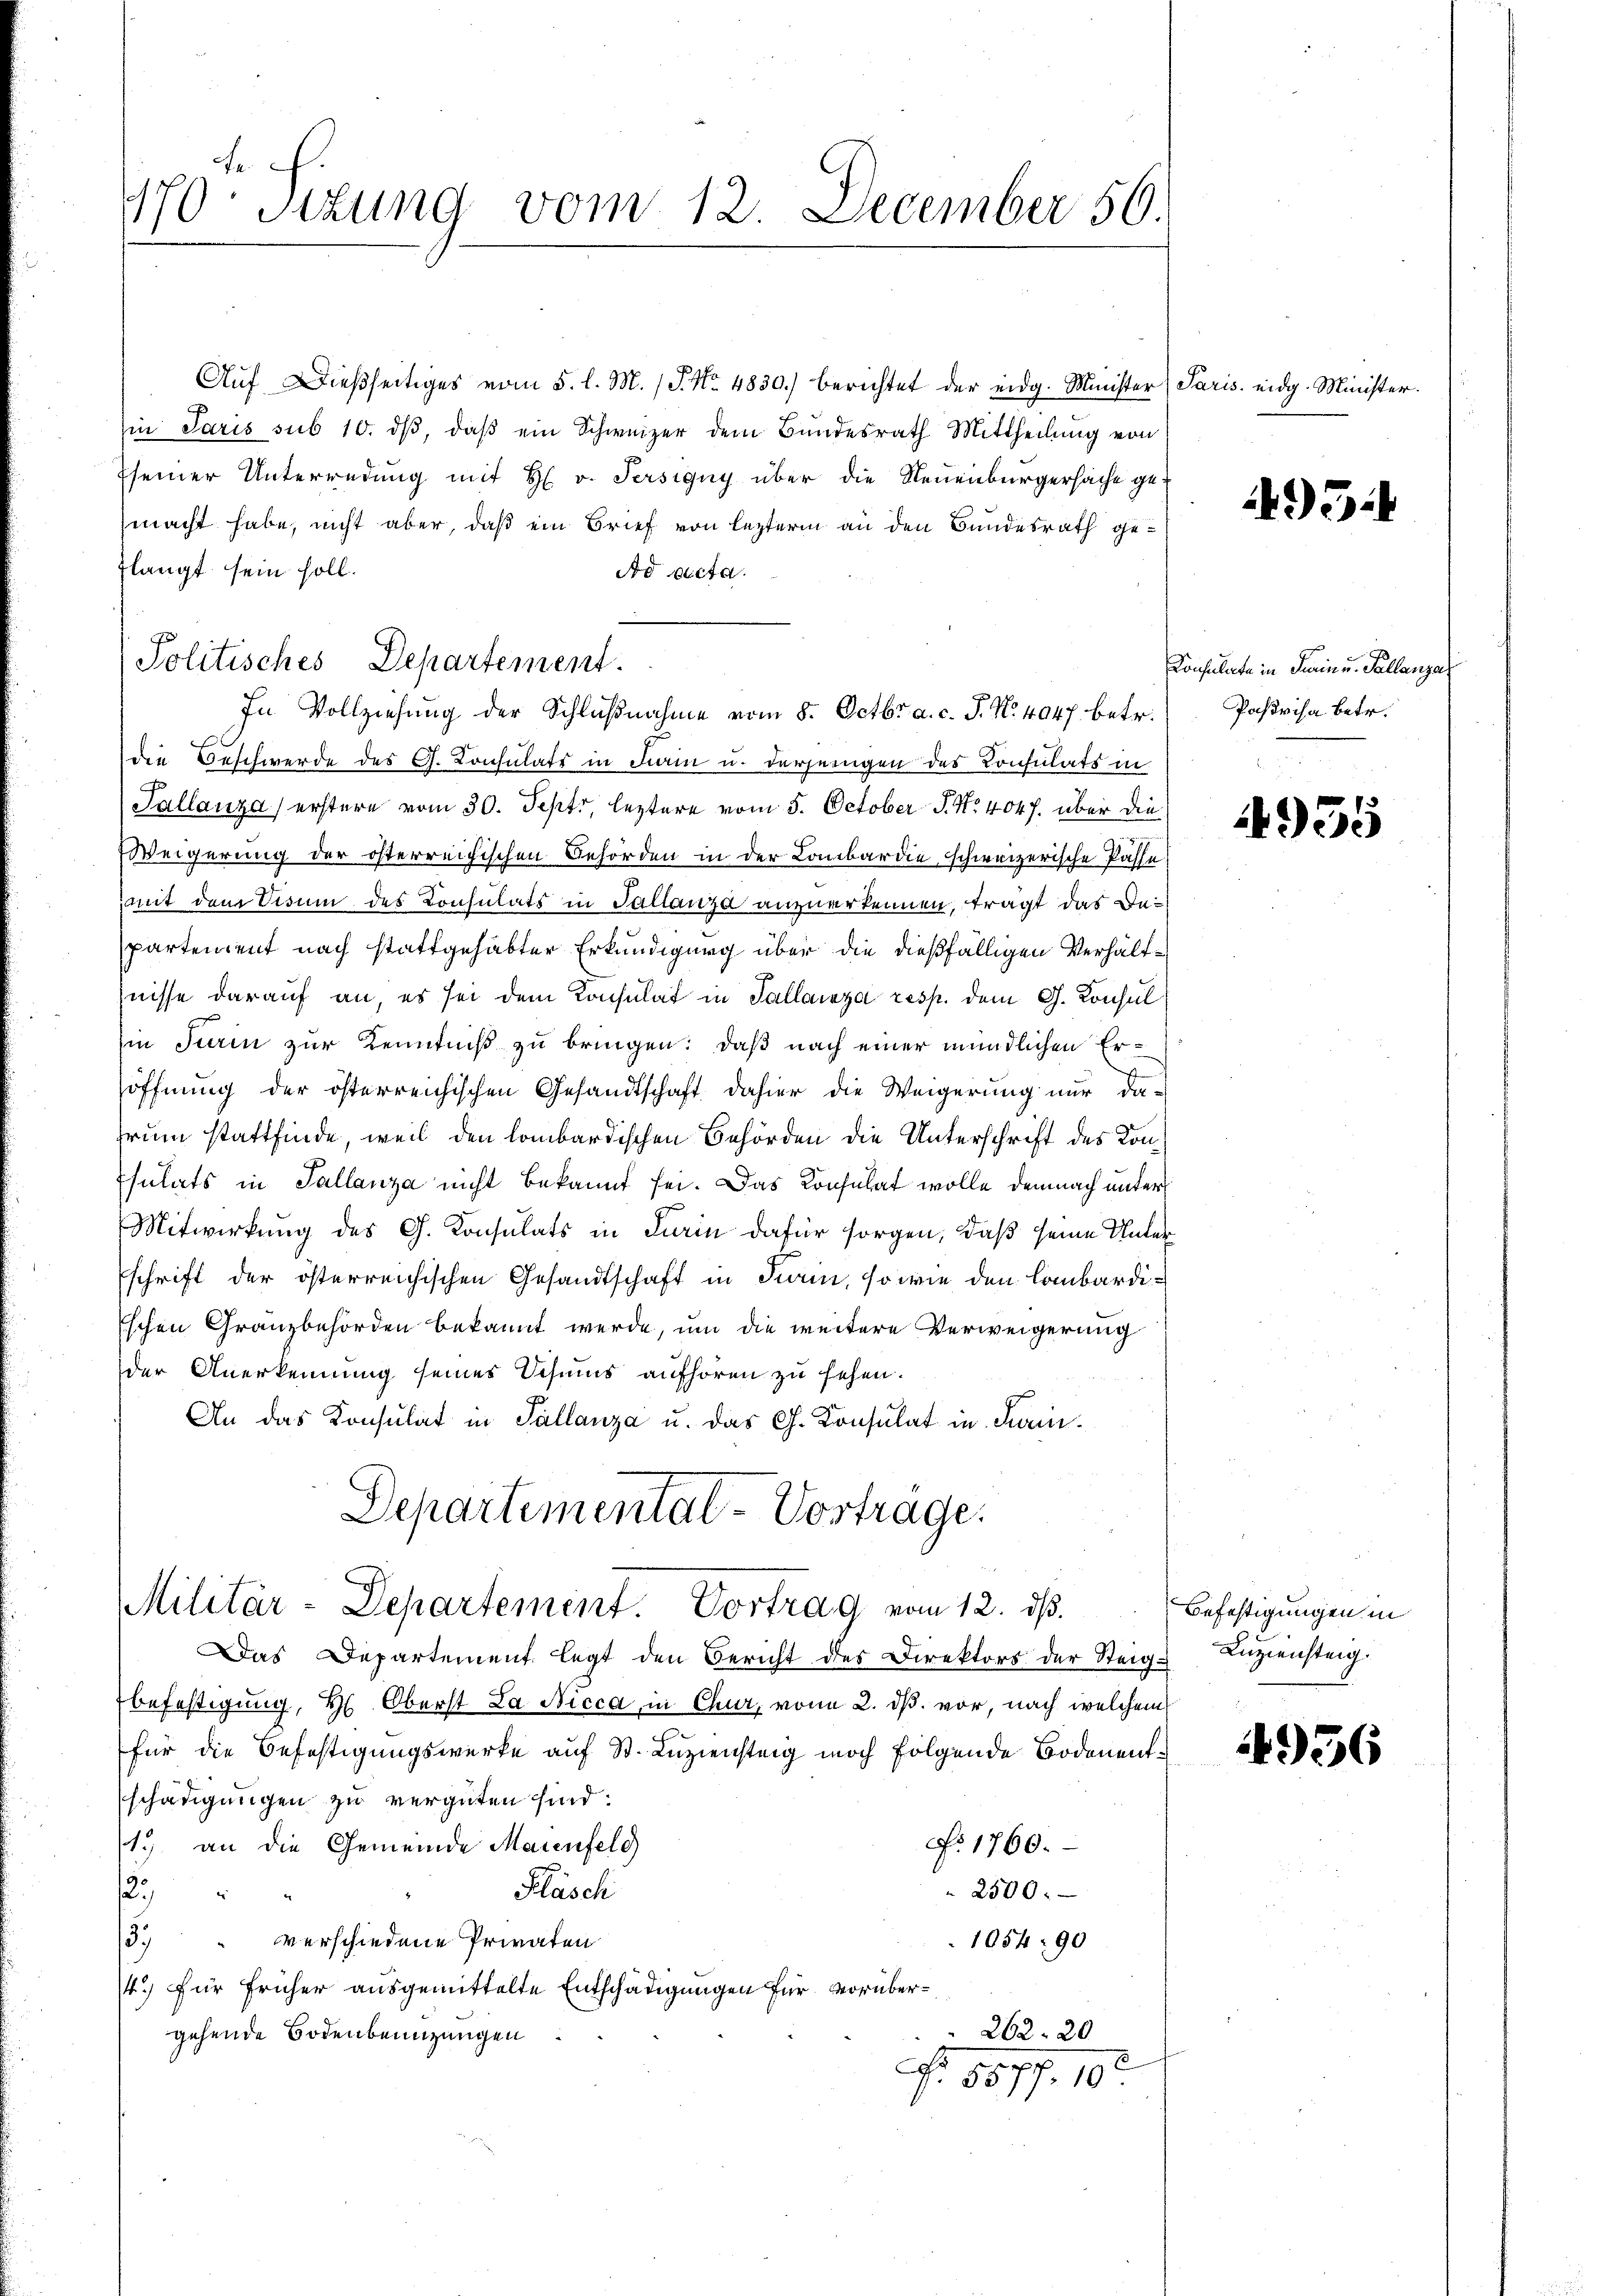
1170. Sitzung vom 12. December 56.

Aŭf dießseitiges vom 5. l. M. (S. Nr. 4830.) berichtet der eidg. Minister) Paris eidg. Minister.
in Paris sub 10. dβ, daβ ein Schweizer dem Bundesrath Mittheilung von
seiner Unterredung mit H. v. Persigny über die Neuenburgersache ge-
macht habe, nicht aber, daß ein Brief von lezterm an den Bundesrath geflangt sein soll.
Ad pacta.
In Vollziehung der Schlŭβnahme vom 8. Octbr. a. c. J. N. 4047 betr.
die Beschwerde des G. Lonsulatt in Farin u. derjenigen des Consulats in
Pallanza erstere vom 30. Sept, leztere vom 5. October P. Nr. 404. über die
Eweigerung der österreichischen Behörden in der Lombardie schweizerische Pässe
mit dem Visum des Consulats in Tallanza anzuerkennen, trägt das Departement nach stattgehabter Erkundigung über die dießfälligen Verhältnisse darauf an, es sei dem Konsulat in Tallaiza resp. dem G. Konsul
in Turin zur Kenntniß zu bringen: daß nach einer mündlichen Eröffnŭng der österreichischen Gesandtschaft dahier die Weigerŭng nŭr da-
rum stattfinde, weil den lombardischen Behörden die Unterschrift des Konsulats in Sallanza nicht bekannt sei. Das Konsulat wolle demnach unter
Mitwirkung des G. Konsulats in Turin dafür sorgen, daß seine Unterschrift der österreichischen Gesandtschaft in darin, so wie den lombardi¬
Eschen Granzbehörden bekannt werde, um die weitere Verweigerung
der Anerkennung seines Schums aufhören zu sehen.
An das Konsulat in Tallanza u. das G. Consulat in Fin¬
Departemental - Vortrage.
Militär-Departement. Vortrag vom 12. ds.
Das Departement legt den Bericht des Direktors der Steig. Anziensteig.
befestigung, H. Oberst La Nicca, in Chur, von 2. ds. vor, nach welchem
für die Befestigungswerke auf St. Luziensteig noch folgende Bodenentschädigungen zu vergüten sind.
1.) an die Gemeinde Maienfeld
No 1760.
Fläsch
127
2500.
3. " verschiedene Privaten
1054: 90
14.) Für früher ausgemittelte Entschädigungen für vorüber¬
 262. 20
gehende Bodenbenuzungen
.
J. 5577. 10.

Politisches Departement.

495

Konsulate in Turin u. Pallanze
Pastvisa betr.

4955

Befestigungen in

4956